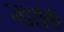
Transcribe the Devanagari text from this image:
नाश्‍ाक